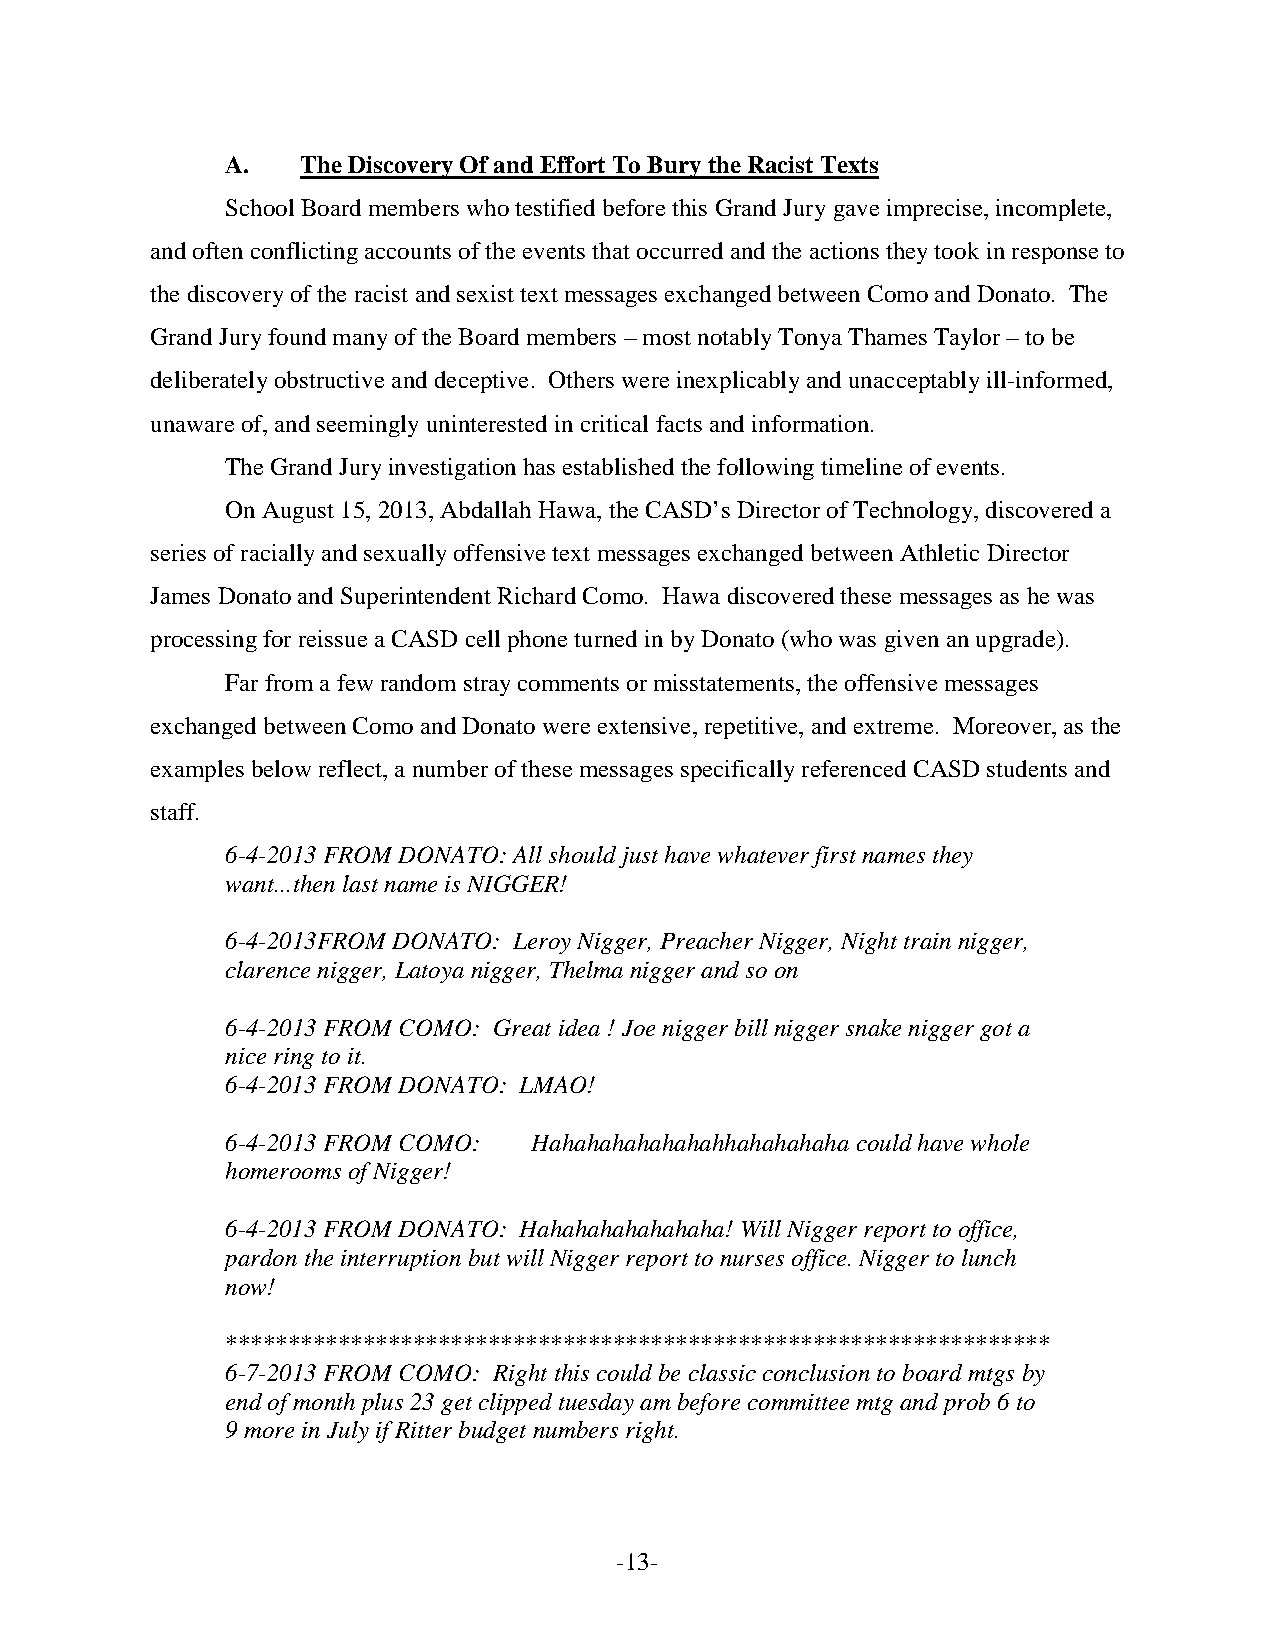
A.   The Discovery Of and Effort To Bury the Racist Texts
 School Board members who testified before this Grand Jury gave imprecise, incomplete,
 and often conflicting accounts of the events that occurred and the actions they took in response to
 the discovery of the racist and sexist text messages exchanged between Como and Donato. The
 Grand Jury found many of the Board members – most notably Tonya Thames Taylor – to be
 deliberately obstructive and deceptive. Others were inexplicably and unacceptably ill-informed,
 unaware of, and seemingly uninterested in critical facts and information.
 The Grand Jury investigation has established the following timeline of events.
 On August 15, 2013, Abdallah Hawa, the CASD’s Director of Technology, discovered a
 series of racially and sexually offensive text messages exchanged between Athletic Director
 James Donato and Superintendent Richard Como. Hawa discovered these messages as he was
 processing for reissue a CASD cell phone turned in by Donato (who was given an upgrade).
 Far from a few random stray comments or misstatements, the offensive messages
 exchanged between Como and Donato were extensive, repetitive, and extreme. Moreover, as the
 examples below reflect, a number of these messages specifically referenced CASD students and
 staff.
 6-4-2013 FROM DONATO: All should just have whatever first names they
 want...then last name is NIGGER!
 6-4-2013FROM DONATO: Leroy Nigger, Preacher Nigger, Night train nigger,
 clarence nigger, Latoya nigger, Thelma nigger and so on
 6-4-2013 FROM COMO: Great idea ! Joe nigger bill nigger snake nigger got a
 nice ring to it.
 6-4-2013 FROM DONATO: LMAO!
 6-4-2013 FROM COMO: Hahahahahahahahhahahahaha could have whole
 homerooms of Nigger!
 6-4-2013 FROM DONATO: Hahahahahahahaha! Will Nigger report to office,
 pardon the interruption but will Nigger report to nurses office. Nigger to lunch
 now!
 ******************************************************************
 6-7-2013 FROM COMO: Right this could be classic conclusion to board mtgs by
 end of month plus 23 get clipped tuesday am before committee mtg and prob 6 to
 9 more in July if Ritter budget numbers right.
 -13-